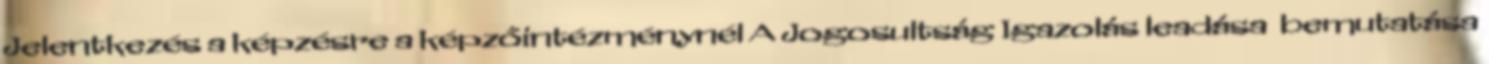
Jelentkezés a képzésre a képzőintézménynél A Jogosultság Igazolás leadása bemutatása